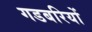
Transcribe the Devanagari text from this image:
गडबरियों